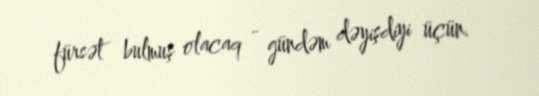
fürsət bulmuş olacaq - gündəm dəyişdiyi üçün.